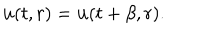
{ \bf u } ( t , r ) = { \bf u } ( t + \beta , r ) .